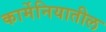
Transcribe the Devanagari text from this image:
कार्मेनियातील